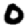
Digit: 0